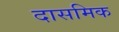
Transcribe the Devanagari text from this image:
दासमिक